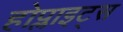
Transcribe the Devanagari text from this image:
होप्लाइट्स